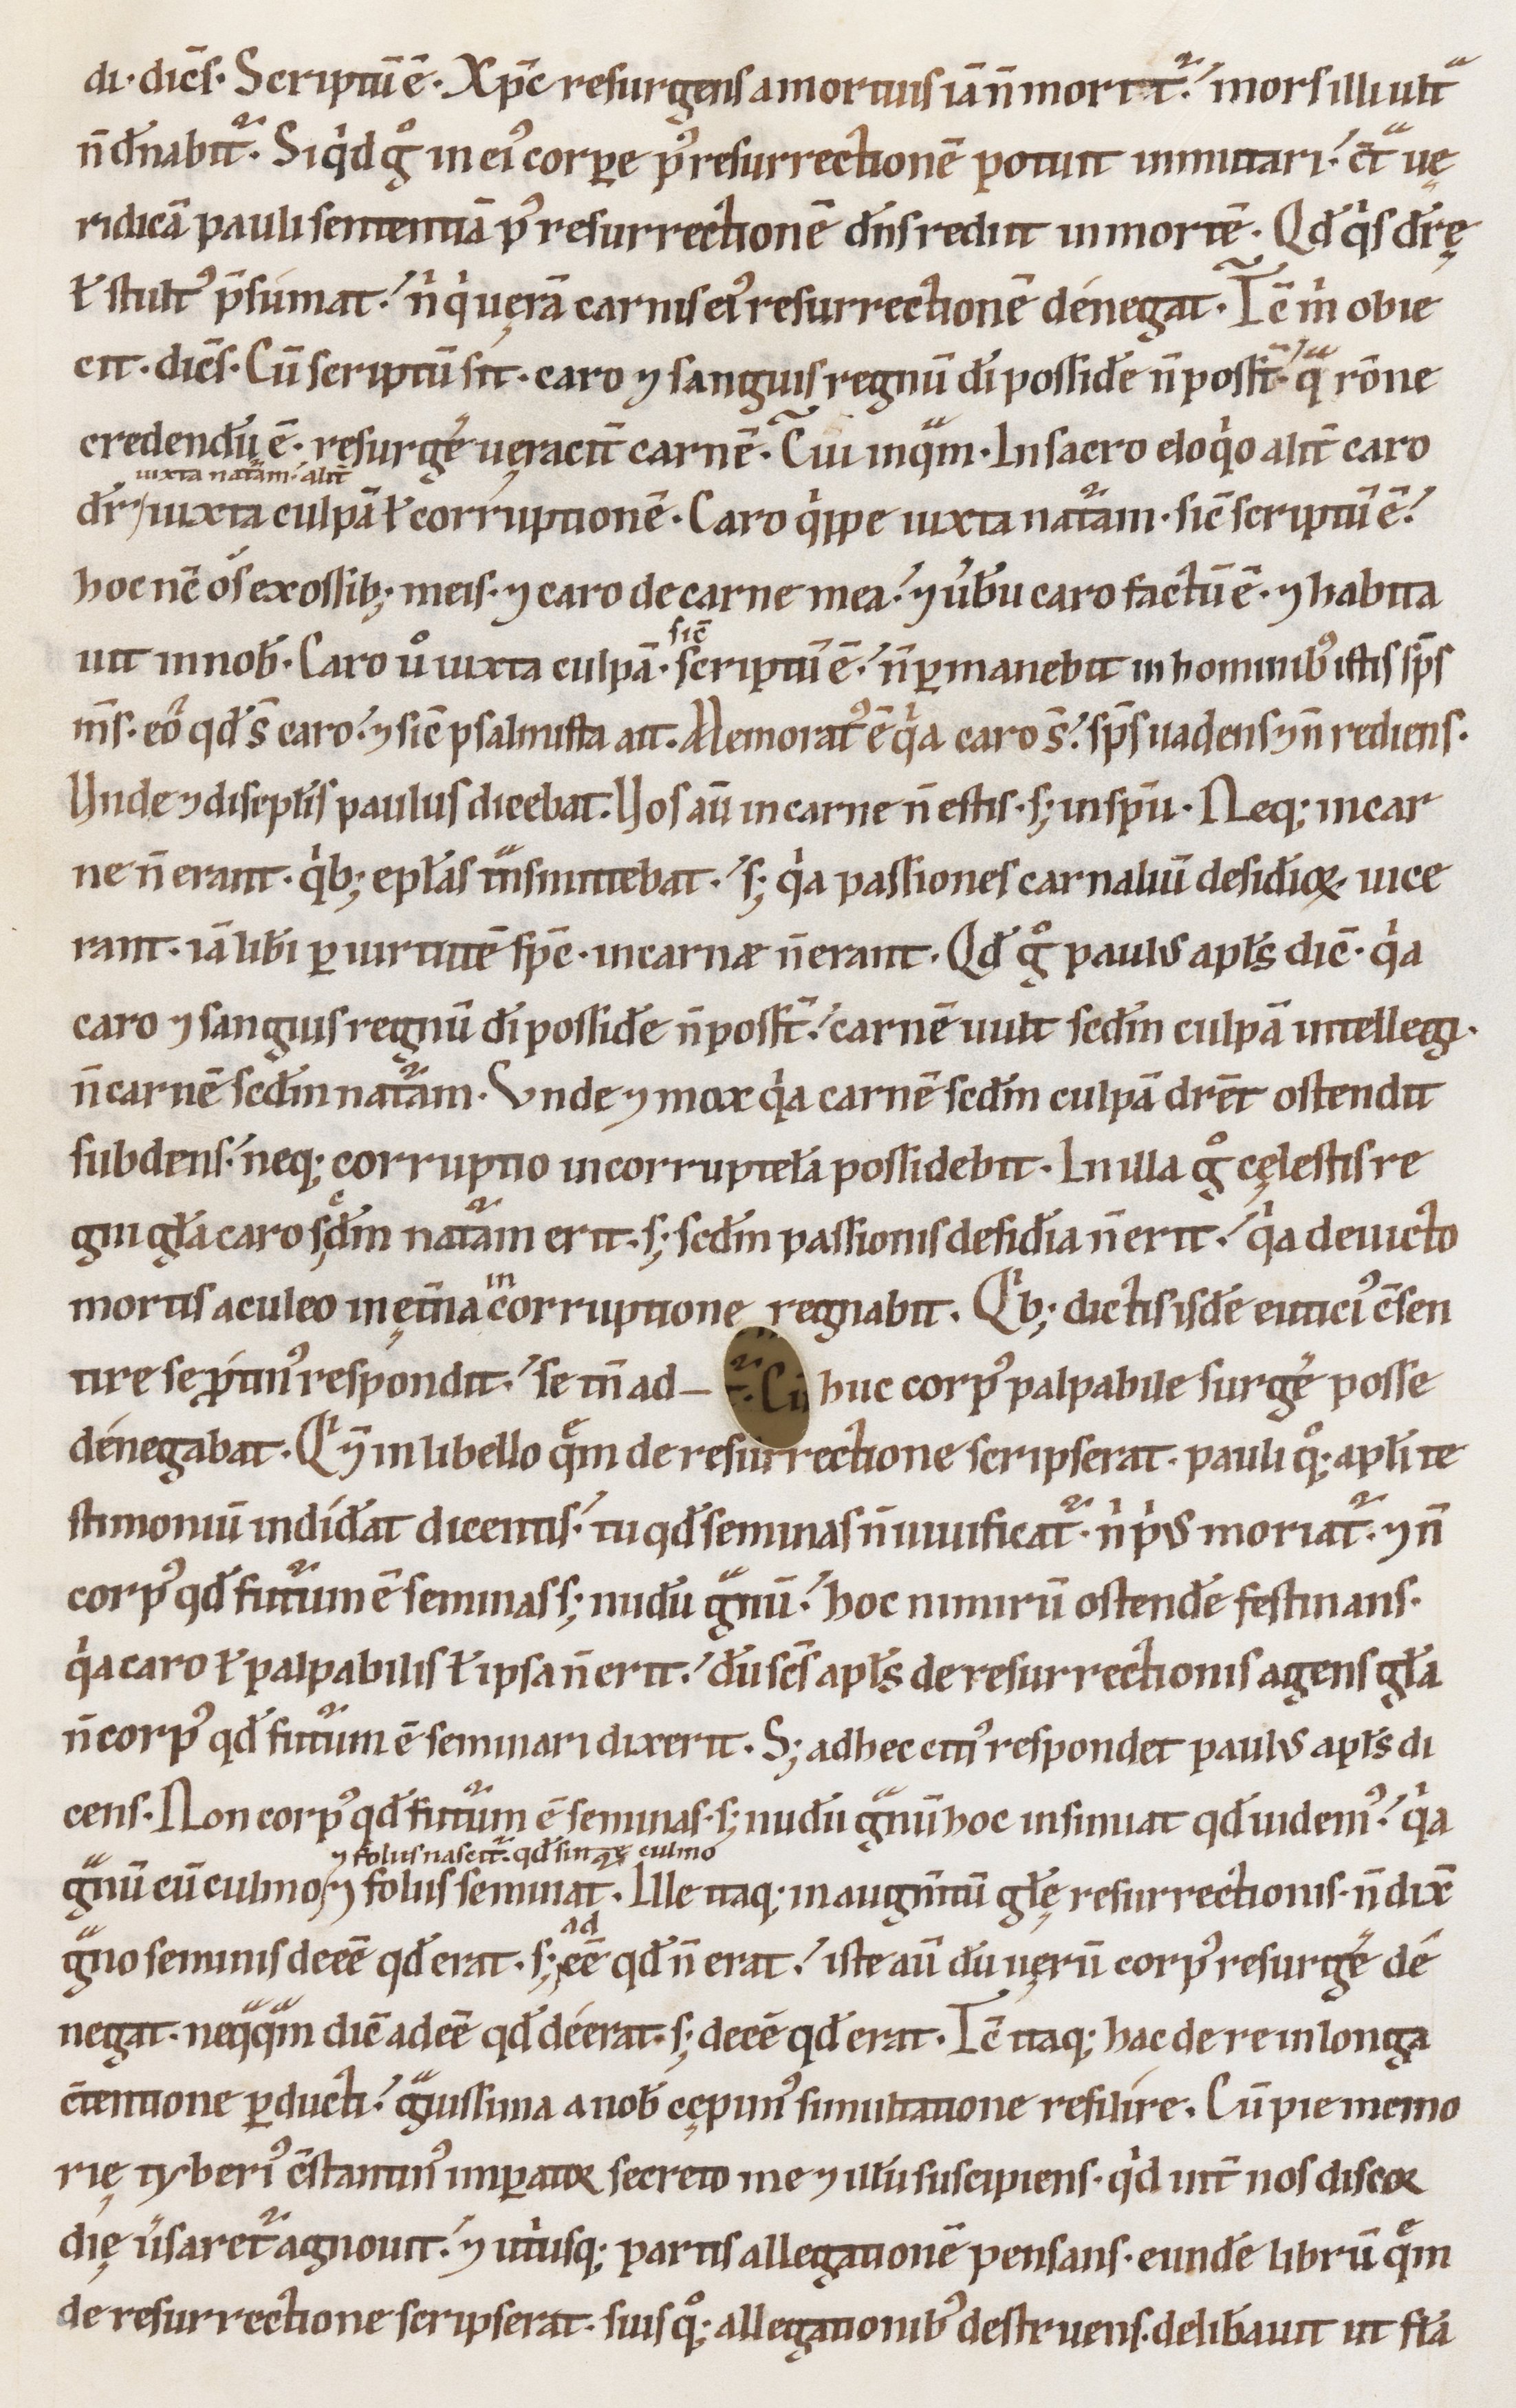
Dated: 1100–1199